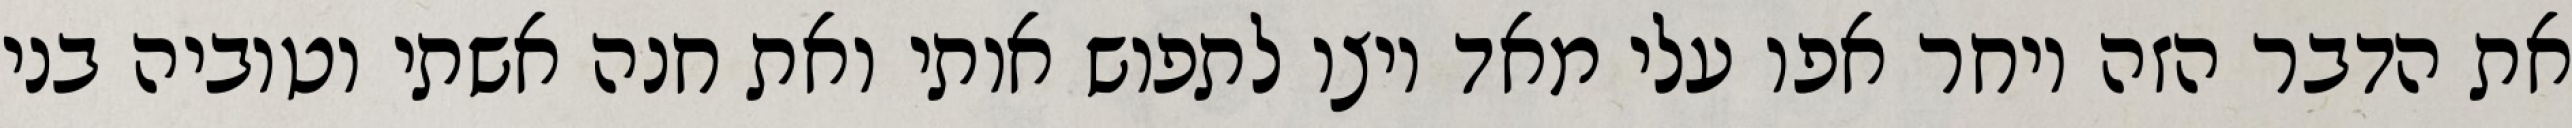
את הדבר הזה ויחר אפו עלי מאד ויצו לתפוש אותי ואת חנה אשתי וטוביה בני